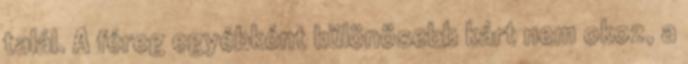
talál. A féreg egyébként különösebb kárt nem okoz, a